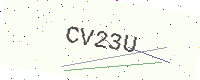
Text: CV23U